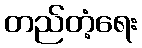
တည်တံ့ရေး